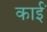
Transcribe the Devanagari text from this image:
काईं